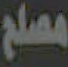
مصلح